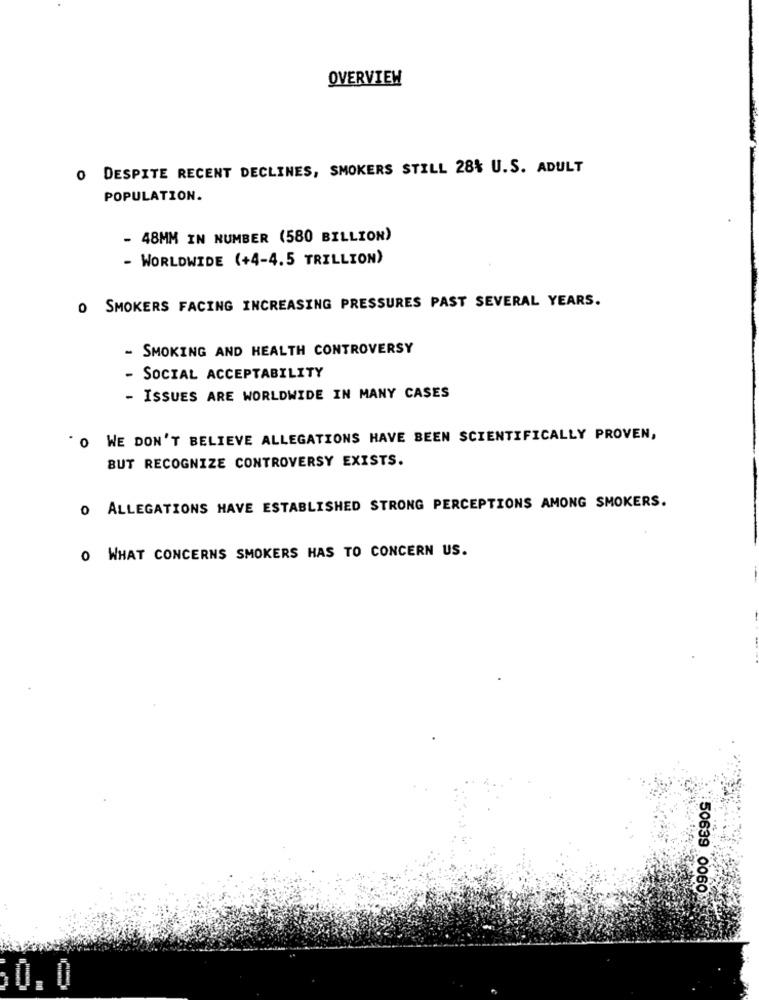
OVERVIEW
O DESPITE RECENT DECLINES, SMOKERS STILL 28% U.S. ADULT
POPULATION.
- 48MM IN NUMBER (580 BILLION)
- WORLDWIDE (+4-4.5 TRILLION)
O SMOKERS FACING INCREASING PRESSURES PAST SEVERAL YEARS.
- SMOKING AND HEALTH CONTROVERSY
- SOCIAL ACCEPTABILITY
- ISSUES ARE WORLDWIDE IN MANY CASES
"O WE DON'T BELIEVE ALLEGATIONS HAVE BEEN SCIENTIFICALLY PROVEN,
BUT RECOGNIZE CONTROVERSY EXISTS.
0 ALLEGATIONS HAVE ESTABLISHED STRONG PERCEPTIONS AMONG SMOKERS.
O WHAT CONCERNS SMOKERS HAS TO CONCERN US.
50639 0060